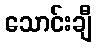
သောင်းချီ